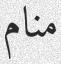
منام